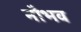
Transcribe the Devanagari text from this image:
नौभव